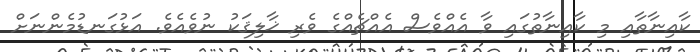
ކާއިނާތާއި މި ކާއިނާތުގައި ވާ އެއްވެސް އެއްޗެއްގެ ވެރި ޚާލިޤަކު ނުވެއެވެ. އަޅުގަނޑުމެންނަށް